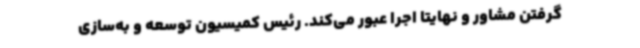
گرفتن مشاور و نهایتا اجرا عبور می‌کند. رئیس کمیسیون توسعه و به‌سازی